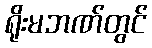
ရိုးမဘဏ်တွင်